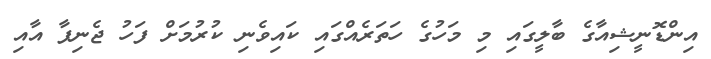
އިންޑޮނީޝިއާގެ ބާލީގައި މި މަހުގެ ހަތަރެއްގައި ކައިވެނި ކުރުމަށް ފަހު ޖެނިފާ އާއި